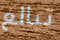
تبالغ